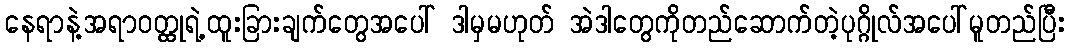
နေရာနဲ့အရာဝတ္ထုရဲ့ထူးခြားချက်တွေအပေါ် ဒါမှမဟုတ် အဲဒါတွေကိုတည်ဆောက်တဲ့ပုဂ္ဂိုလ်အပေါ်မူတည်ပြီး